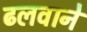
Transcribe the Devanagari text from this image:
ढलवाने